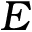
E